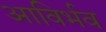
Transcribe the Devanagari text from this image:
आविर्भव